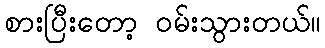
စားပြီးတော့ ဝမ်းသွားတယ်။